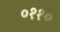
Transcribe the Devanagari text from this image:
०११०